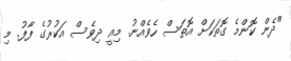
"ދެން ކޮންމެ ގޮތަކަށް އޮތަސް ހެވެއްނު. މިއީ ދިވެސް އަކުރުގެ ފާފު. މި